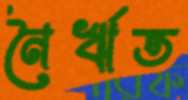
নৈর্ঋত